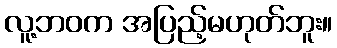
လူ့ဘဝက အပြည့်မဟုတ်ဘူး။